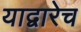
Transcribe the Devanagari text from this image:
याद्वारेच